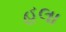
હલા